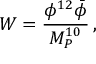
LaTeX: W = \frac { \phi ^ { 1 2 } \bar { \phi } } { M _ { P } ^ { 1 0 } } \, ,